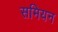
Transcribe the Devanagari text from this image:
समियन